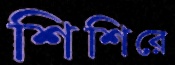
শিশিরে